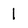
Character: 1